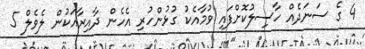
4 ގެ ސަނަދެއް ހާސިލުކޮށްފައި ވުމާއެކު ގުޅުންހުރި އެހެން ދާއިރާއަކުން ލެވެލް 5